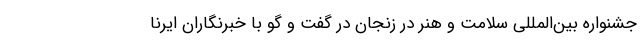
جشنواره بین‌المللی سلامت و هنر در زنجان در گفت و گو با خبرنگاران ایرنا